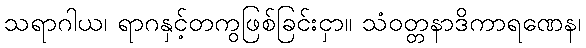
သရာဂါယ၊ ရာဂနှင့်တကွဖြစ်ခြင်းငှာ။ သံဝတ္တနာဒိကာရဏေန၊